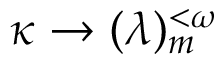
\kappa \rightarrow ( \lambda ) _ { m } ^ { < \omega }